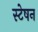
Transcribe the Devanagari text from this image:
स्टेषन